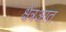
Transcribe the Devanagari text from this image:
क्षेत्रआत